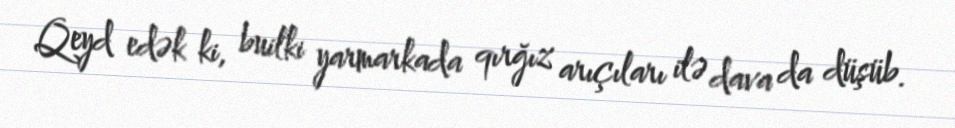
Qeyd edək ki, builki yarmarkada qırğız arıçıları ilə dava da düşüb.